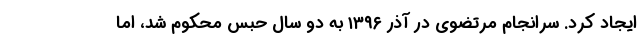
ایجاد کرد. سرانجام مرتضوی در آذر ۱۳۹۶ به دو سال حبس محکوم شد، اما